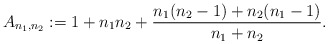
\begin{align*} A_{n_1,n_2}:=1+n_1n_2+\frac{n_1(n_2-1)+n_2(n_1-1)}{n_1+n_2}.\end{align*}